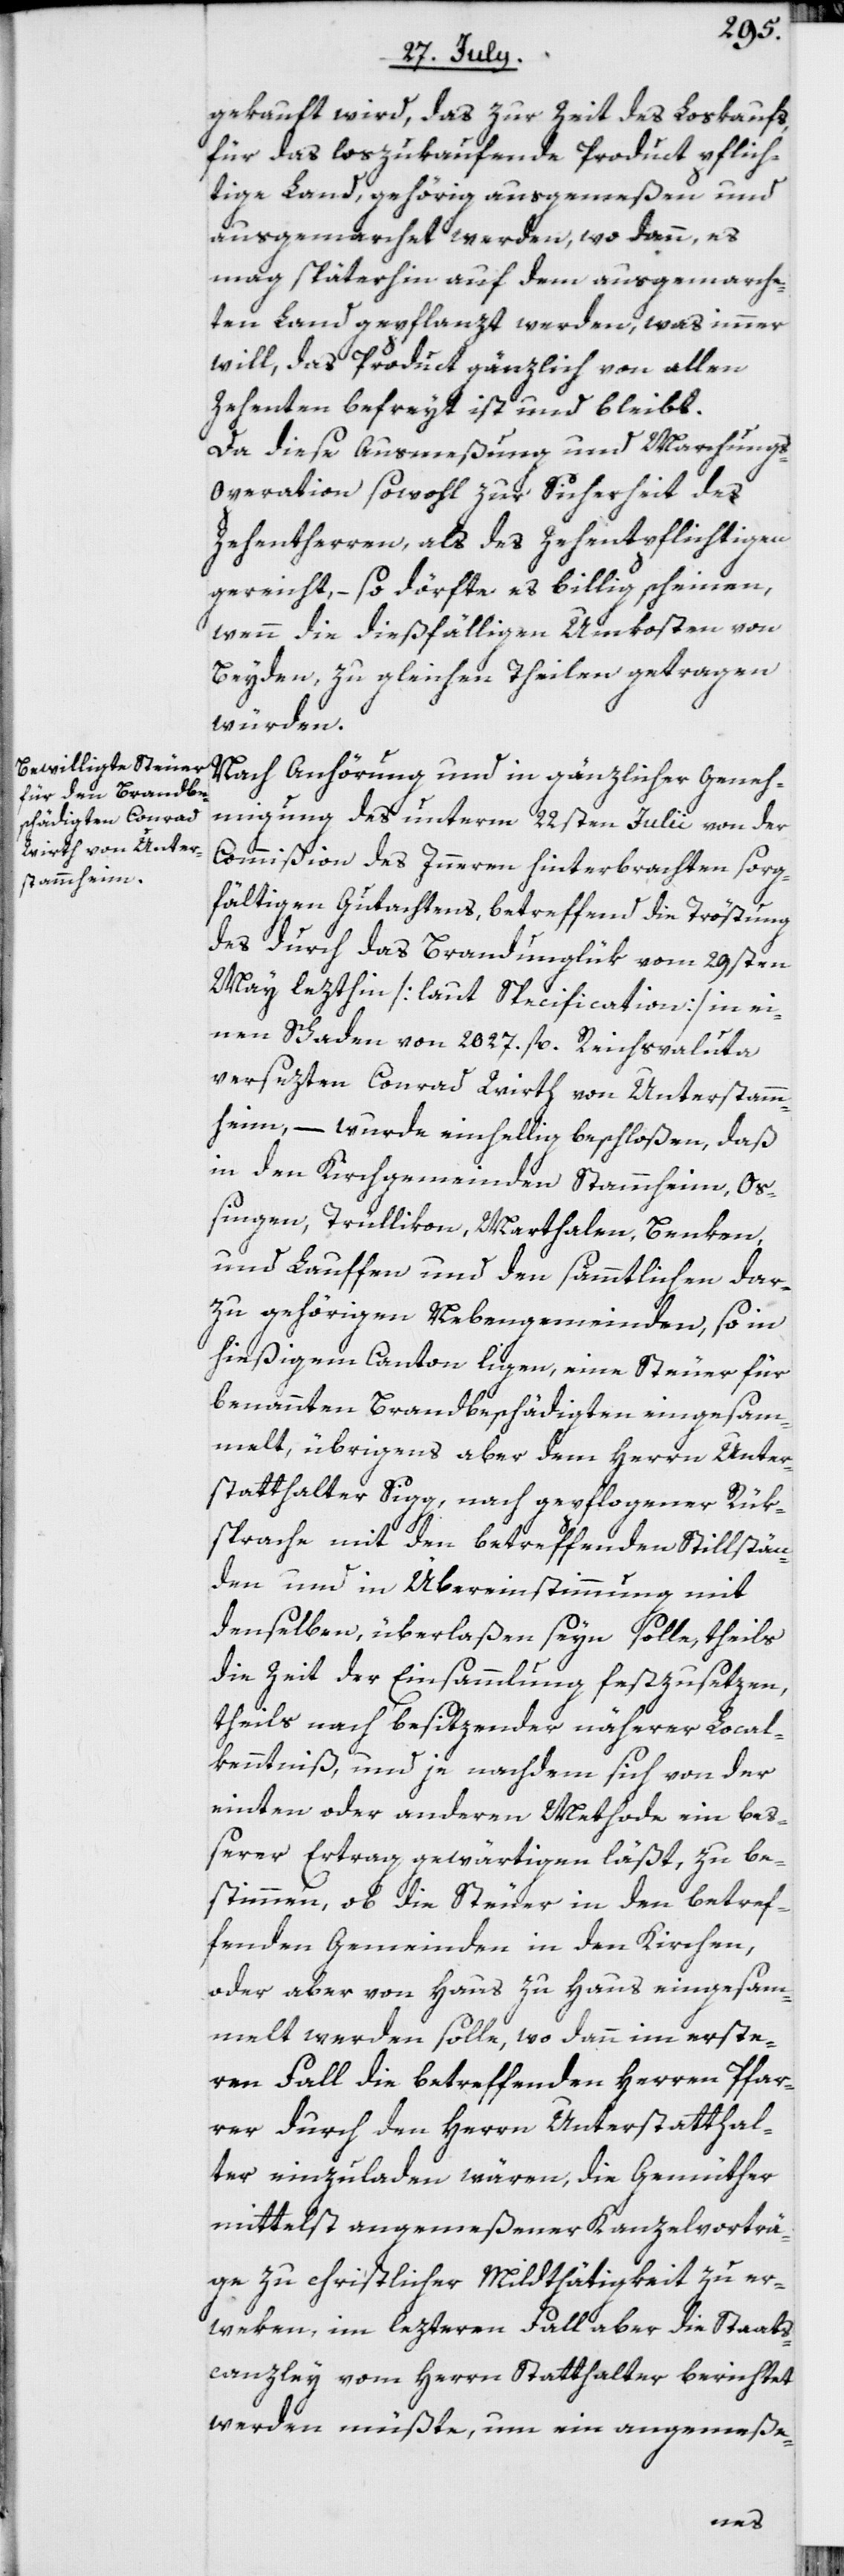
gekauft wird, das zur Zeit des Loskaufs,
für das loszukaufende Product pflich¬
tige Land, gehörig ausgemeßen und
ausgemarchet werden, wo dann, es
mag späterhin auf dem ausgemarche¬
ten Land gepflanzt werden, was immer
will, das Product gänzlich von allen
Zehenten befreyt ist und bleibt.
Da diese Ausmeßung und Marchung¬
s-Operation sowohl zur Sicherheit des
Zehentherren, als des Zehenpflichtigen
gereicht, – so dörfte es billig scheinen,
wenn die dießfälligen Umkosten von
Beyden, zu gleichen Theilen getragen
würden.
Nach Anhörung und in gänzlicher Geneh¬
migung des unterm 22sten Julii von der
Commißion des Inneren hinterbrachten sorg¬
fältigen Gutachtens, betreffend die Tröstung
des durch das Brandunglük vom 29sten
May lezthin [laut Specification] in ei¬
nen Schaden von 2027. fl. Reichsvaluta
versezten Conrad Wirth von Unterstamm¬
heim, – wurde einhellig beschloßen, daß
in den Kirchgemeinden Stammheim, Oß¬
ingen, Trüllikon, Marthalen, Benken,
und Lauffen und den sämmtlichen dar¬
zu gehörigen Nebengemeinden, so in
hießigem Canton ligen, eine Steuer für
benannten Brandbeschädigten eingesam¬
melt, übrigens aber dem Herrn Unter¬
statthalter Sigg, nach gepflogener Rük¬
sprache mit den betreffenden Stillstän¬
den und in Übereinstimmung mit
denselben, überlaßen seyn solle, theils
die Zeit der Einsammlung festzusetzen,
theils nach besitzender näherer Local¬
kenntniß, und je nachdem sich von der
einten oder anderen Methode ein beß¬
erer Ertrag gewärtigen läßt, zu be¬
stimmen, ob die Steuer in den betref¬
fenden Gemeinden in den Kirchen,
oder aber von Haus zu Haus eingesam¬
melt werden solle, wo dann im erste¬
ren Fall die betreffenden Herren Pfar¬
rer durch den Herrn Unterstatthal¬
ter einzuladen wären, die Gemüther
mittelst angemeßener Kanzelvorträ¬
ge zu christlicher Mildthätigkeit zu er¬
weken, im lezteren Fall aber die Staats¬
canzley vom Herrn Statthalter berichtet
werden müßte, um ein angemeße-